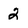
Character: 2